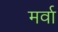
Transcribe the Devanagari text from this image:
मर्वा